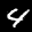
Label: 4